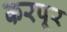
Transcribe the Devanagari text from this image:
करपूर